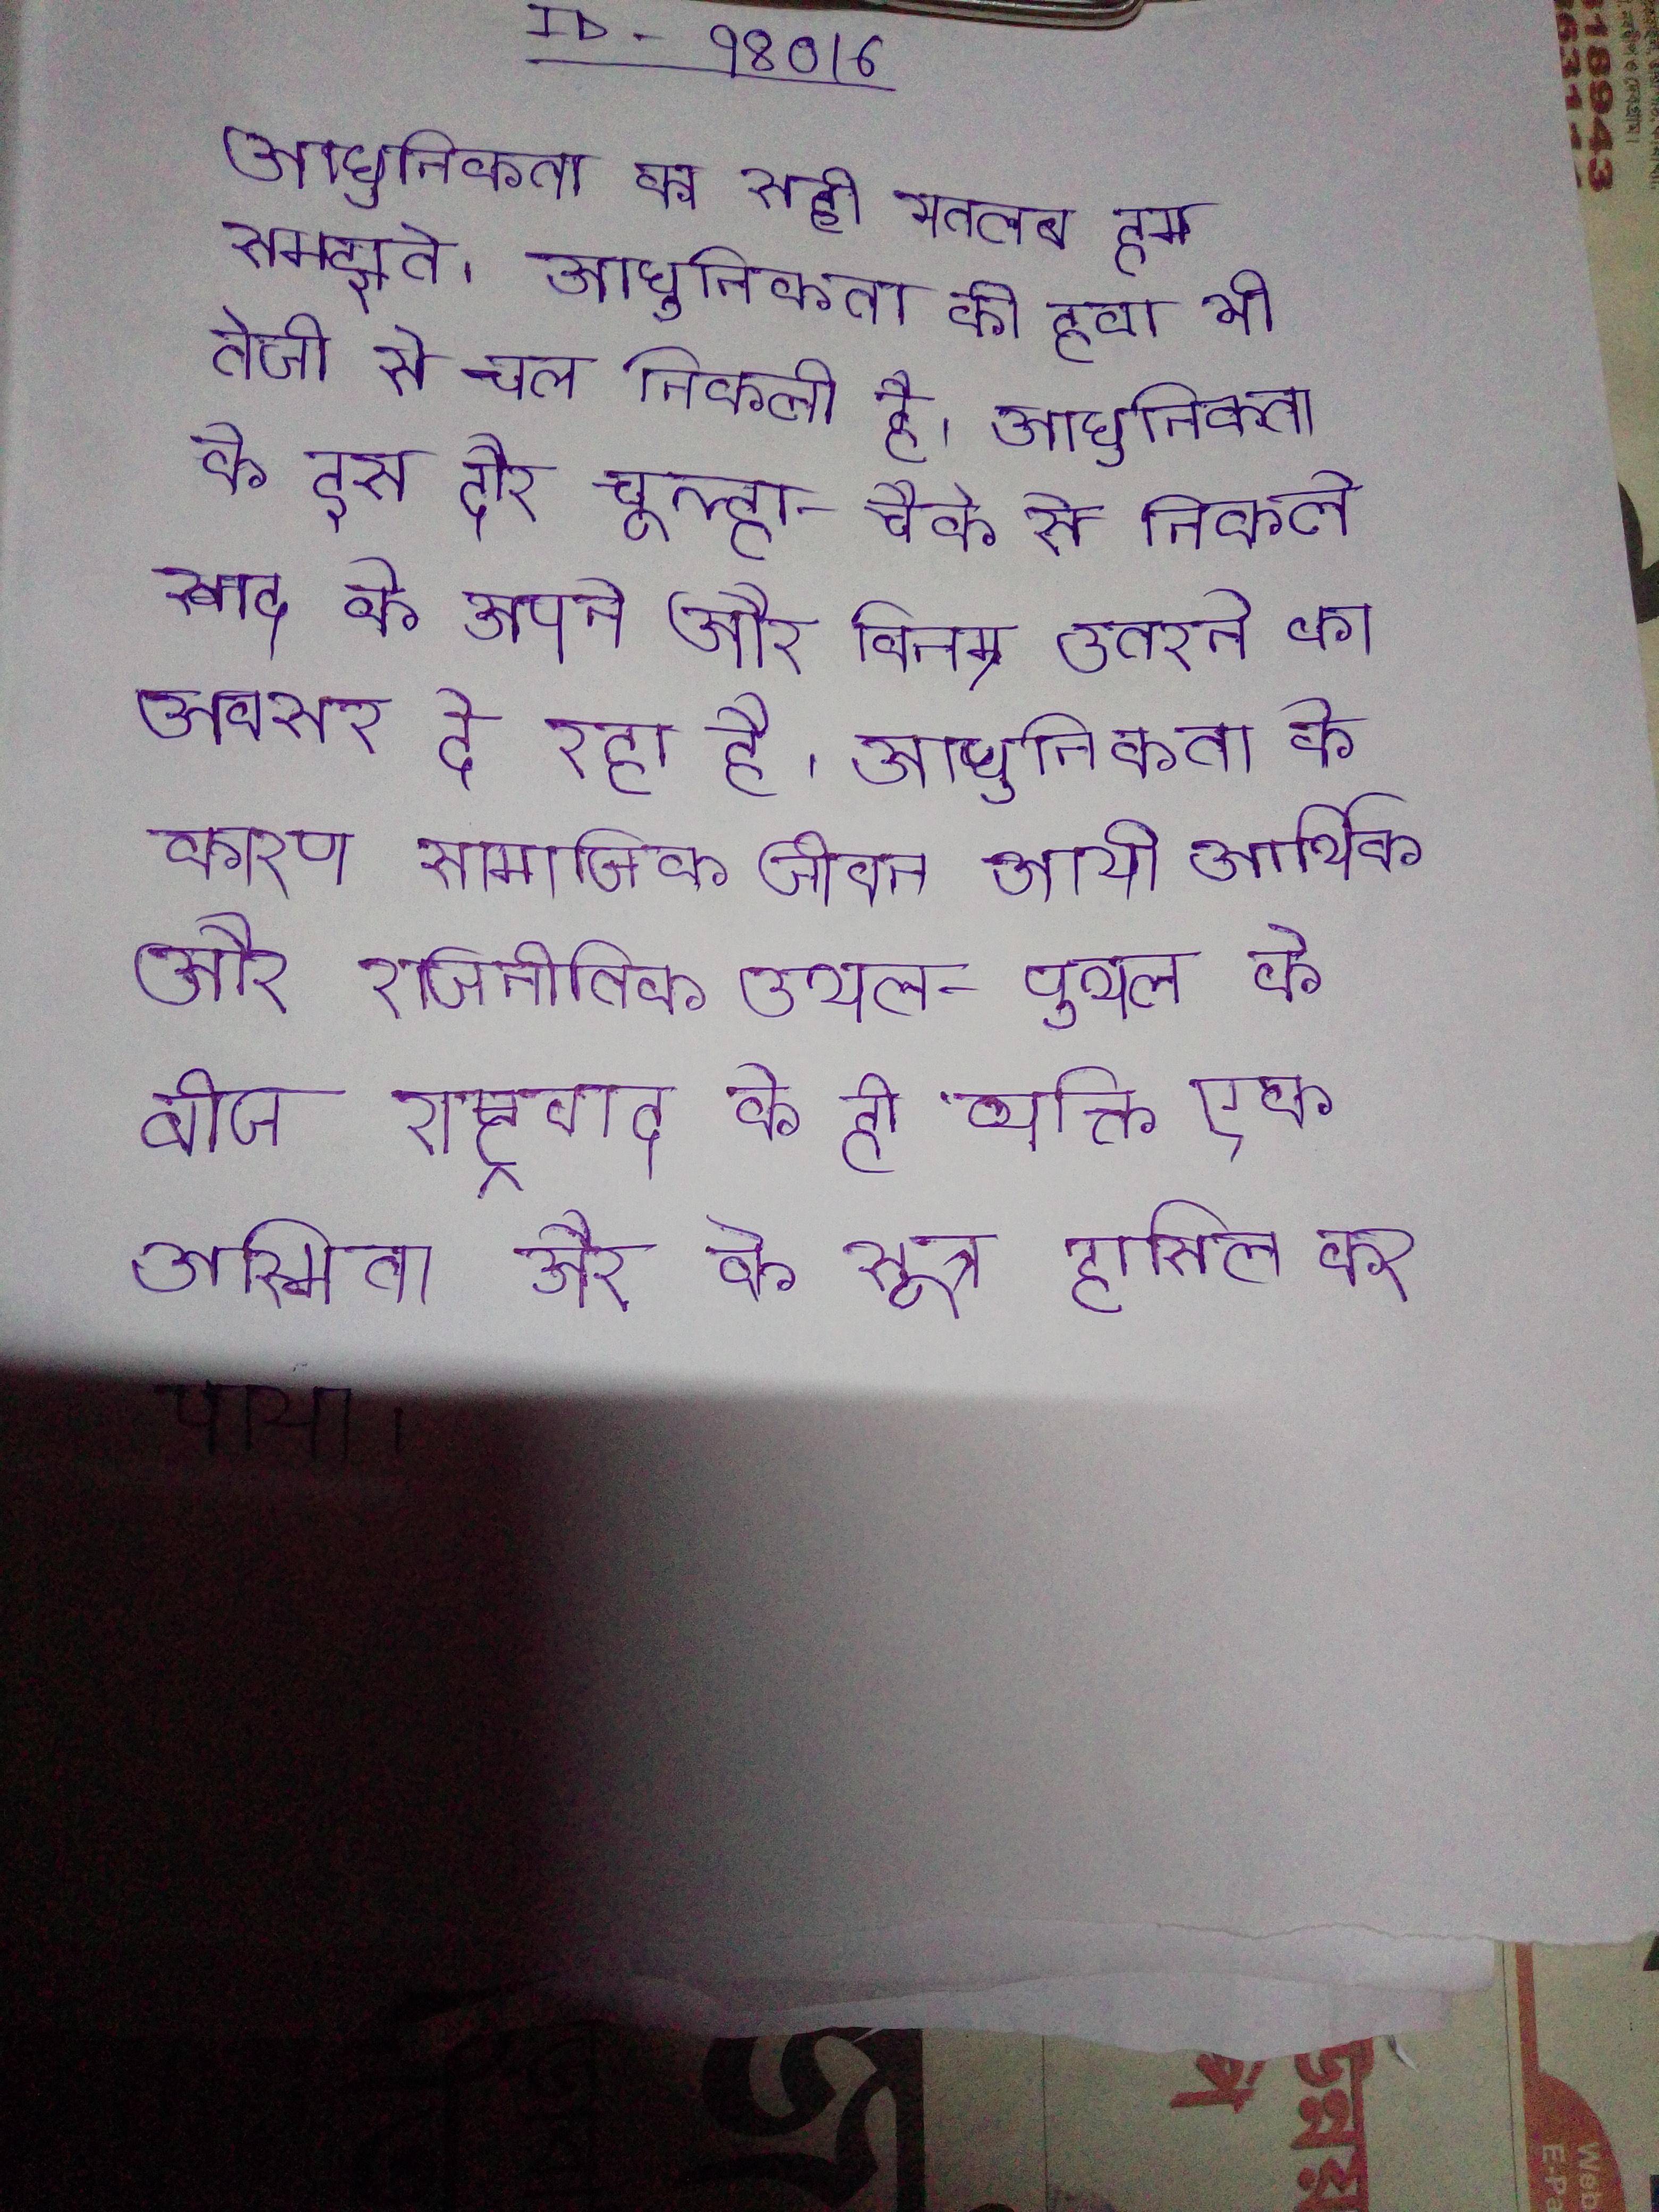
आधुनिकता का सही मतलब हम समझते । आधुनिकता की हवा भी तेजी से चल निकली है । आधुनिकता के इस दौर चूल्हा-चौके से निकले स्वाद के अपने और विनम्र उतरने का अवसर दे रहा है । आधुनिकता के कारण सामाजिक जीवन आयी आर्थिक और राजनीतिक उथल-पुथल के बीच राष्ट्रवाद के ही व्यक्ति एक अस्मिता और के सूत्र हासिल कर पाया ।